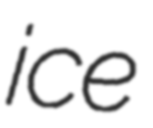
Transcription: ice